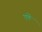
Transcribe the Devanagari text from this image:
एणें